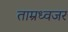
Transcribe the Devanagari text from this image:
ताम्रध्वजर